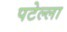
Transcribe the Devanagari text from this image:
पटेल्ला